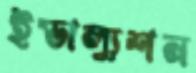
ইভাল্যুশন